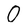
Character: 0